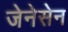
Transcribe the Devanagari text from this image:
जेनेसेन